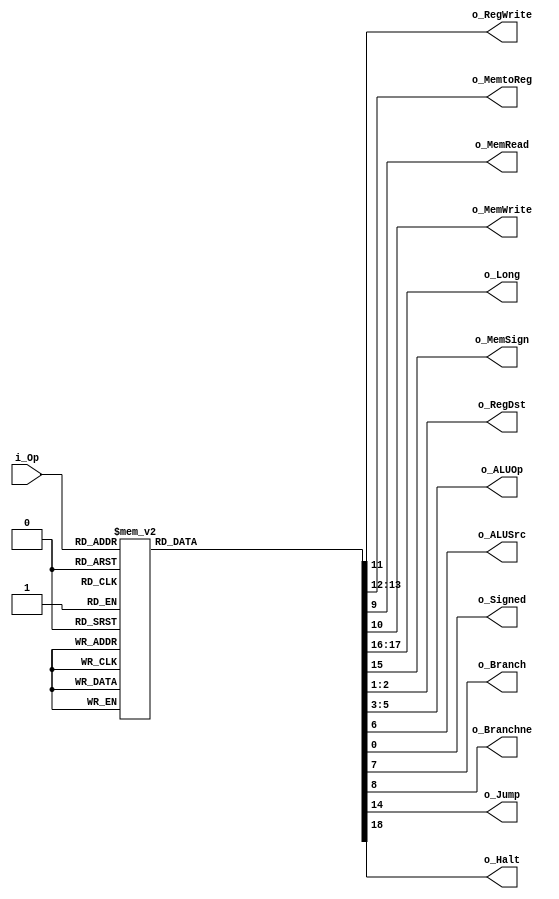
`timescale 1ns / 1ps

module Control (
	// INPUT
	input  wire [5:0] i_Op      ,
	// WB
	output wire       o_RegWrite,
	output wire [1:0] o_MemtoReg,
	// MEM
	output wire       o_MemRead ,
	output wire       o_MemWrite,
	output wire [1:0] o_Long    ,
	output wire       o_MemSign ,
	// EX
	output wire [1:0] o_RegDst  ,
	output wire [2:0] o_ALUOp   ,
	output wire       o_ALUSrc  ,
	// ID
	output wire       o_Signed  ,
	// IF
	output wire       o_Branch  ,
	output wire       o_Branchne,
	output wire       o_Jump    ,
	output wire       o_Halt
);


	localparam RTYPE = 6'b000000;
	localparam LB    = 6'b100000;
	localparam LH    = 6'b100001;
	localparam LW    = 6'b100011;
	localparam LWU   = 6'b100111;
	localparam LBU   = 6'b100100;
	localparam LHU   = 6'b100101;
	localparam SB    = 6'b101000;
	localparam SH    = 6'b101001;
	localparam SW    = 6'b101011;
	localparam ADDI  = 6'b001000;
	localparam ANDI  = 6'b001100;
	localparam ORI   = 6'b001101;
	localparam XORI  = 6'b001110;
	localparam LUI   = 6'b001111;
	localparam SLTI  = 6'b001010;
	localparam BEQ   = 6'b000100;
	localparam BNE   = 6'b000101;
	localparam J     = 6'b000010;
	localparam JAL   = 6'b000011;
	localparam HLT   = 6'b111111;



	reg [1:0] RegDst  ;
	reg [2:0] ALUOp   ;
	reg       ALUSrc  ;
	reg       Branch  ;
	reg       Branchne;
	reg       MemRead ;
	reg       MemWrite;
	reg       RegWrite;
	reg [1:0] MemtoReg;
	reg       Jump    ;
	reg       MemSign ;
	reg [1:0] Long    ;
	reg       Signed  ;
	reg       Halt    ;


	always @(*) begin : proc_Op

		case(i_Op)

			RTYPE : begin
				Signed   = 1'bX  ;
				RegDst   = 2'b01 ;
				ALUOp    = 3'b011;
				ALUSrc   = 1'b0	 ;
				Branch   = 1'b0	 ;
				Branchne = 1'b0	 ;
				MemRead  = 1'b0	 ;
				MemWrite = 1'b0	 ;
				RegWrite = 1'b1	 ;
				MemtoReg = 2'b00 ;
				Jump     = 1'b0	 ;
				MemSign  = 1'bX	 ;
				Long     = 2'bXX ;
				Halt     = 1'b0  ;
			end

			LB : begin
				Signed   = 1'b1  ;
				RegDst   = 2'b00 ;
				ALUOp    = 3'b000;
				ALUSrc   = 1'b1	 ;
				Branch   = 1'b0	 ;
				Branchne = 1'b0	 ;
				MemRead  = 1'b1	 ;
				MemWrite = 1'b0	 ;
				RegWrite = 1'b1	 ;
				MemtoReg = 2'b01 ;
				Jump     = 1'b0	 ;
				MemSign  = 1'b1	 ;
				Long     = 2'b00 ;
				Halt     = 1'b0  ;
			end

			LH : begin
				Signed   = 1'b1  ;
				RegDst   = 2'b00;
				ALUOp    = 3'b000;
				ALUSrc   = 1'b1;
				Branch   = 1'b0;
				Branchne = 1'b0;
				MemRead  = 1'b1;
				MemWrite = 1'b0;
				RegWrite = 1'b1;
				MemtoReg = 2'b01;
				Jump     = 1'b0;
				MemSign  = 1'b1;
				Long     = 2'b01;
				Halt     = 1'b0;
			end

			LW : begin
				Signed   = 1'b1  ;
				RegDst   = 2'b00;
				ALUOp    = 3'b000;
				ALUSrc   = 1'b1;
				Branch   = 1'b0;
				Branchne = 1'b0;
				MemRead  = 1'b1;
				MemWrite = 1'b0;
				RegWrite = 1'b1;
				MemtoReg = 2'b01;
				Jump     = 1'b0;
				MemSign  = 1'b1;
				Long     = 2'b11;
				Halt     = 1'b0;

			end

			LWU : begin
				Signed   = 1'b1  ;
				RegDst   = 2'b00;
				ALUOp    = 3'b000;
				ALUSrc   = 1'b1;
				Branch   = 1'b0;
				Branchne = 1'b0;
				MemRead  = 1'b1;
				MemWrite = 1'b0;
				RegWrite = 1'b1;
				MemtoReg = 2'b01;
				Jump     = 1'b0;
				MemSign  = 1'b0;
				Long     = 2'b11;
				Halt     = 1'b0;
			end

			LBU : begin
				Signed   = 1'b1  ;
				RegDst   = 2'b00;
				ALUOp    = 3'b000;
				ALUSrc   = 1'b1;
				Branch   = 1'b0;
				Branchne = 1'b0;
				MemRead  = 1'b1;
				MemWrite = 1'b0;
				RegWrite = 1'b1;
				MemtoReg = 2'b01;
				Jump     = 1'b0;
				MemSign  = 1'b0;
				Long     = 2'b00;
				Halt     = 1'b0;
			end
			LHU : begin
				Signed   = 1'b1  ;
				RegDst   = 2'b00;
				ALUOp    = 3'b000;
				ALUSrc   = 1'b1;
				Branch   = 1'b0;
				Branchne = 1'b0;
				MemRead  = 1'b1;
				MemWrite = 1'b0;
				RegWrite = 1'b1;
				MemtoReg = 2'b01;
				Jump     = 1'b0;
				MemSign  = 1'b0;
				Long     = 2'b01;
				Halt     = 1'b0;
			end
			SB : begin
				Signed   = 1'b1  ;
				RegDst   = 2'bXX;
				ALUOp    = 3'b000;
				ALUSrc   = 1'b1;
				Branch   = 1'b0;
				Branchne = 1'b0;
				MemRead  = 1'b0;
				MemWrite = 1'b1;
				RegWrite = 1'b0;
				MemtoReg = 2'bXX;
				Jump     = 1'b0;
				MemSign  = 1'bX;
				Long     = 2'b00;
				Halt     = 1'b0;
			end

			SH : begin
				Signed   = 1'b1  ;
				RegDst   = 2'bXX;
				ALUOp    = 3'b000;
				ALUSrc   = 1'b1;
				Branch   = 1'b0;
				Branchne = 1'b0;
				MemRead  = 1'b0;
				MemWrite = 1'b1;
				RegWrite = 1'b0;
				MemtoReg = 2'bXX;
				Jump     = 1'b0;
				MemSign  = 1'bX;
				Long     = 2'b01;
				Halt     = 1'b0;
			end

			SW : begin
				Signed   = 1'b1  ;
				RegDst   = 2'bXX;
				ALUOp    = 3'b000;
				ALUSrc   = 1'b1;
				Branch   = 1'b0;
				Branchne = 1'b0;
				MemRead  = 1'b0;
				MemWrite = 1'b1;
				RegWrite = 1'b0;
				MemtoReg = 2'bXX;
				Jump     = 1'b0;
				MemSign  = 1'bX;
				Long     = 2'b11;
				Halt     = 1'b0;
			end

			ADDI : begin
				Signed   = 1'b0  ;
				RegDst   = 2'b00;
				ALUOp    = 3'b000;
				ALUSrc   = 1'b1;
				Branch   = 1'b0;
				Branchne = 1'b0;
				MemRead  = 1'b0;
				MemWrite = 1'b0;
				RegWrite = 1'b1;
				MemtoReg = 2'b00;
				Jump     = 1'b0;
				MemSign  = 1'bX;
				Long     = 2'bXX;
				Halt     = 1'b0;
			end

			ANDI : begin
				Signed   = 1'b0  ;
				RegDst   = 2'b00;
				ALUOp    = 3'b100;
				ALUSrc   = 1'b1;
				Branch   = 1'b0;
				Branchne = 1'b0;
				MemRead  = 1'b0;
				MemWrite = 1'b0;
				RegWrite = 1'b1;
				MemtoReg = 2'b00;
				Jump     = 1'b0;
				MemSign  = 1'bX;
				Long     = 2'bXX;
				Halt     = 1'b0;
			end

			ORI : begin
				Signed   = 1'b0  ;
				RegDst   = 2'b00;
				ALUOp    = 3'b101;
				ALUSrc   = 1'b1;
				Branch   = 1'b0;
				Branchne = 1'b0;
				MemRead  = 1'b0;
				MemWrite = 1'b0;
				RegWrite = 1'b1;
				MemtoReg = 2'b00;
				Jump     = 1'b0;
				MemSign  = 1'bX;
				Long     = 2'bXX;
				Halt     = 1'b0;
			end

			XORI : begin
				Signed   = 1'b0  ;
				RegDst   = 2'b00;
				ALUOp    = 3'b110;
				ALUSrc   = 1'b1;
				Branch   = 1'b0;
				Branchne = 1'b0;
				MemRead  = 1'b0;
				MemWrite = 1'b0;
				RegWrite = 1'b1;
				MemtoReg = 2'b00;
				Jump     = 1'b0;
				MemSign  = 1'bX;
				Long     = 2'bXX;
				Halt     = 1'b0;
			end

			LUI : begin
				Signed   = 1'b0  ;
				RegDst   = 2'b00;
				ALUOp    = 3'b111;
				ALUSrc   = 1'b1;
				Branch   = 1'b0;
				Branchne = 1'b0;
				MemRead  = 1'b0;
				MemWrite = 1'b0;
				RegWrite = 1'b1;
				MemtoReg = 2'b00;
				Jump     = 1'b0;
				MemSign  = 1'bX;
				Long     = 2'bXX;
				Halt     = 1'b0;
			end

			SLTI : begin
				Signed   = 1'b0  ;
				RegDst   = 2'b00;
				ALUOp    = 3'b010;
				ALUSrc   = 1'b1;
				Branch   = 1'b0;
				Branchne = 1'b0;
				MemRead  = 1'b0;
				MemWrite = 1'b0;
				RegWrite = 1'b1;
				MemtoReg = 2'b00;
				Jump     = 1'b0;
				MemSign  = 1'bX;
				Long     = 2'bXX;
				Halt     = 1'b0;
			end

			BEQ : begin
				Signed   = 1'b1  ;
				RegDst   = 2'bXX;
				ALUOp    = 3'b001;
				ALUSrc   = 1'b0;
				Branch   = 1'b1;
				Branchne = 1'b0;
				MemRead  = 1'b0;
				MemWrite = 1'b0;
				RegWrite = 1'b0;
				MemtoReg = 2'bXX;
				Jump     = 1'b0;
				MemSign  = 1'bX;
				Long     = 2'bXX;
				Halt     = 1'b0;
			end

			BNE : begin
				Signed   = 1'b0  ;
				RegDst   = 2'bXX;
				ALUOp    = 3'b001;
				ALUSrc   = 1'b0;
				Branch   = 1'b0;
				Branchne = 1'b1;
				MemRead  = 1'b0;
				MemWrite = 1'b0;
				RegWrite = 1'b0;
				MemtoReg = 2'bXX;
				Jump     = 1'b0;
				MemSign  = 1'bX;
				Long     = 2'bXX;
				Halt     = 1'b0;
			end
			J : begin
				Signed   = 1'bX  ;
				RegDst   = 2'bXX;
				ALUOp    = 3'bXXX;
				ALUSrc   = 1'bX;
				Branch   = 1'bX;
				Branchne = 1'b0;
				MemRead  = 1'bX;
				MemWrite = 1'b0;
				RegWrite = 1'b0;
				MemtoReg = 2'bXX;
				Jump     = 1'b1;
				MemSign  = 1'bX;
				Long     = 2'bXX;
				Halt     = 1'b0;
			end
			JAL : begin
				Signed   = 1'b0  ;
				RegDst   = 2'b10;
				ALUOp    = 3'bXXX;
				ALUSrc   = 1'bX;
				Branch   = 1'bX;
				Branchne = 1'b0;
				MemRead  = 1'bX;
				MemWrite = 1'b0;
				RegWrite = 1'b1;
				MemtoReg = 2'b10;
				Jump     = 1'b1;
				MemSign  = 1'bX;
				Long     = 2'bXX;
				Halt     = 1'b0;
			end

			HLT : begin
				Signed   = 1'b0  ;
				RegDst   = 2'b01;
				ALUOp    = 3'b011;
				ALUSrc   = 1'b0;
				Branch   = 1'b0;
				Branchne = 1'b0;
				MemRead  = 1'b0;
				MemWrite = 1'b0;
				RegWrite = 1'b0;
				MemtoReg = 2'b00;
				Jump     = 1'b0;
				MemSign  = 1'b0;
				Long     = 2'b00;
				Halt     = 1'b1;
			end

			default : begin
				Signed   = 1'b0;
				RegDst   = 2'b00;
				ALUOp    = 3'b000;
				ALUSrc   = 1'b0;
				Branch   = 1'b0;
				Branchne = 1'b0;
				MemRead  = 1'b0;
				MemWrite = 1'b0;
				RegWrite = 1'b0;
				MemtoReg = 2'b00;
				Jump     = 1'b0;
				MemSign  = 1'b0;
				Long     = 2'b00;
				Halt     = 1'b0;
			end

		endcase

	end

	assign o_RegDst   = RegDst  ;
	assign o_ALUOp    = ALUOp   ;
	assign o_ALUSrc   = ALUSrc  ;
	assign o_Branch   = Branch  ;
	assign o_Branchne = Branchne;
	assign o_MemRead  = MemRead ;
	assign o_MemWrite = MemWrite;
	assign o_RegWrite = RegWrite;
	assign o_MemtoReg = MemtoReg;
	assign o_Jump     = Jump    ;
	assign o_Signed   = Signed  ;
	assign o_Long     = Long    ;
	assign o_MemSign  = MemSign ;
	assign o_Halt     = Halt    ;

endmodule